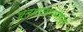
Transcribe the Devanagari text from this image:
व्रतावदानमाला